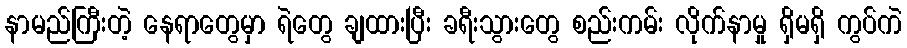
နာမည်ကြီးတဲ့ နေရာတွေမှာ ရဲတွေ ချထားပြီး ခရီးသွားတွေ စည်းကမ်း လိုက်နာမှု ရှိမရှိ ကွပ်ကဲ